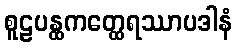
စူဠပန္ထကတ္ထေရဿာပဒါနံ